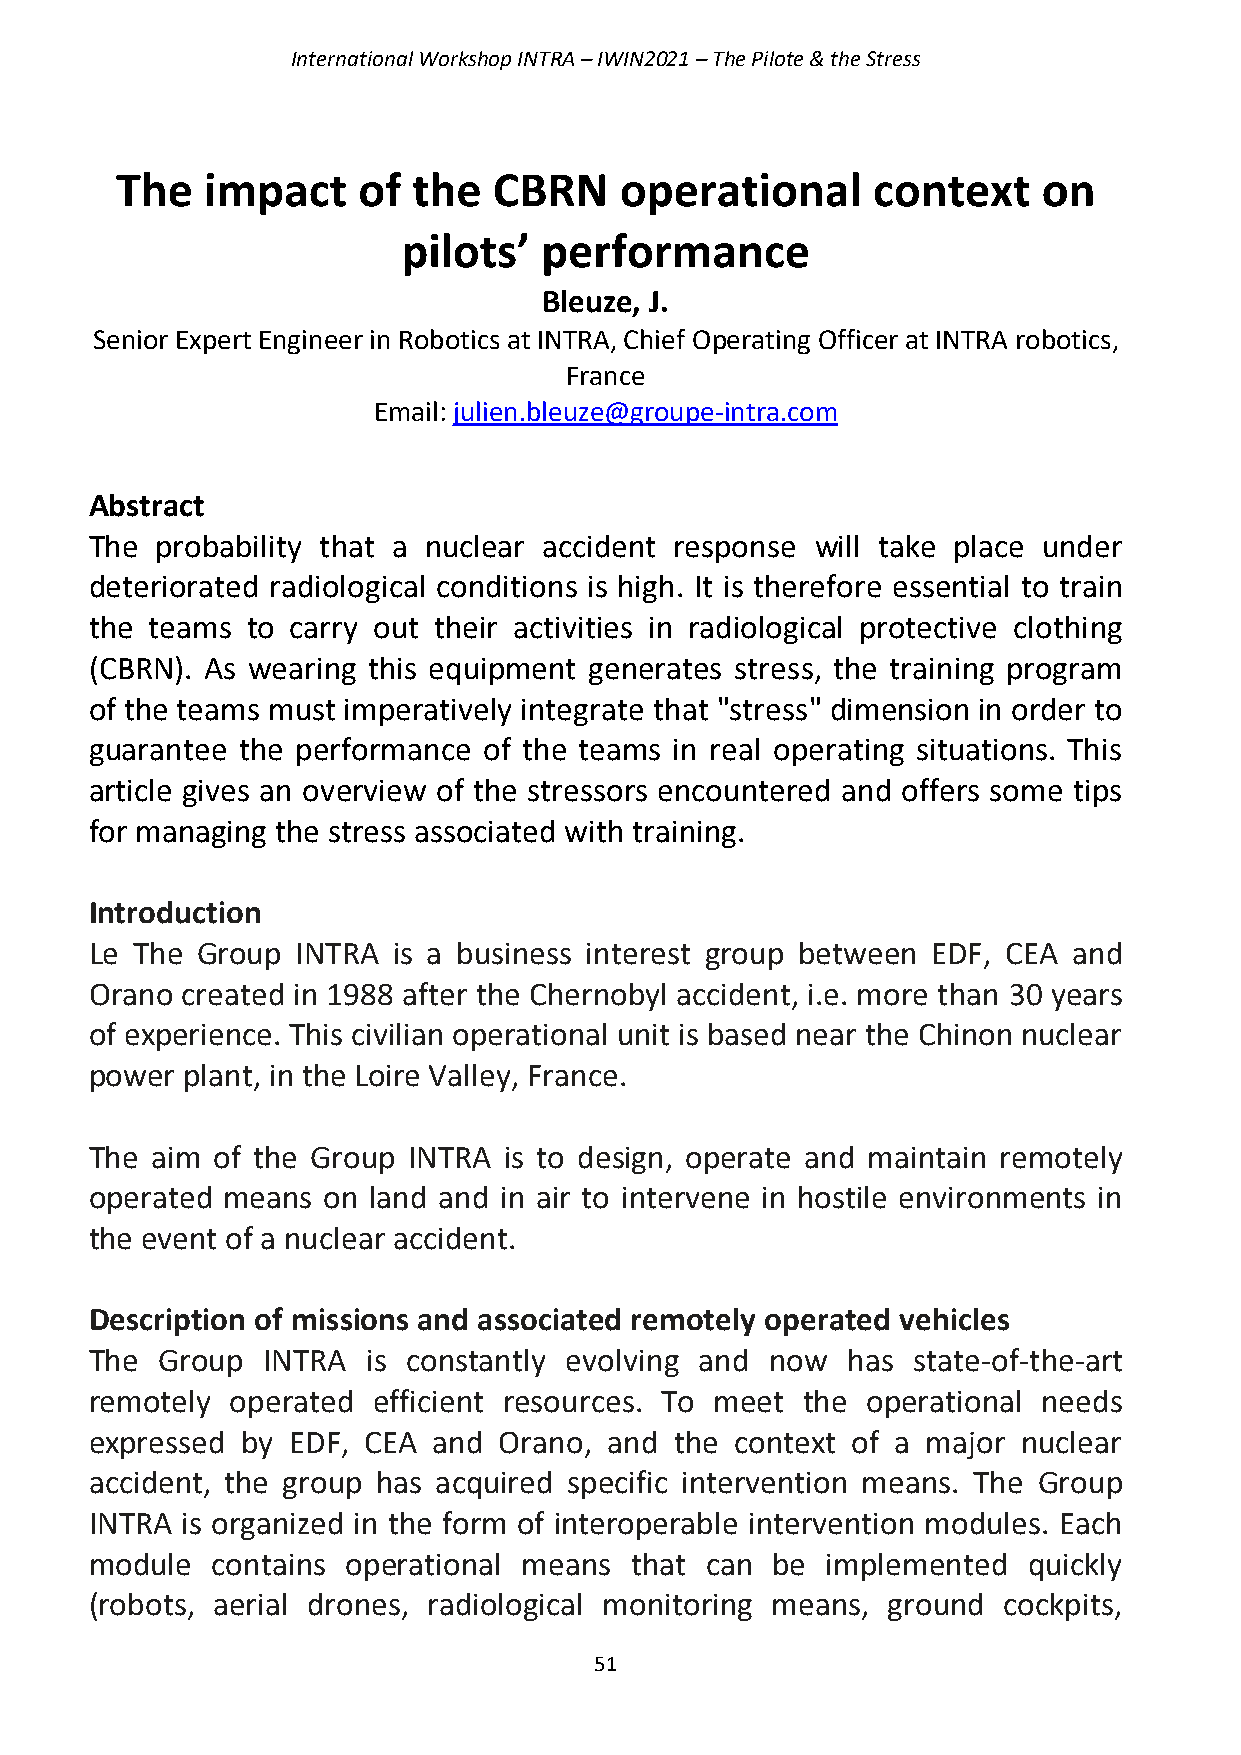
International Workshop INTRA – IWIN2021 – The Pilote & the Stress
 The   impact    of the   CBRN    operational      context    on
 pilots’  performance
 Bleuze, J.
 Senior Expert Engineer in Robotics at INTRA, Chief Operating Officer at INTRA robotics,
 France
 Email: julien.bleuze@groupe-intra.com
 Abstract
 The probability that a nuclear accident response will take place under
 deteriorated radiological conditions is high. It is therefore essential to train
 the teams to carry out their activities in radiological protective clothing
 (CBRN). As wearing this equipment generates stress, the training program
 of the teams must imperatively integrate that "stress" dimension in order to
 guarantee the performance of the teams in real operating situations. This
 article gives an overview of the stressors encountered and offers some tips
 for managing the stress associated with training.
 Introduction
 Le The Group  INTRA is a business interest group between EDF, CEA and
 Orano created in 1988 after the Chernobyl accident, i.e. more than 30 years
 of experience. This civilian operational unit is based near the Chinon nuclear
 power plant, in the Loire Valley, France.
 The aim of the Group INTRA is to design, operate and maintain remotely
 operated means on land and in air to intervene in hostile environments in
 the event of a nuclear accident.
 Description of missions and associated remotely operated vehicles
 The Group  INTRA  is constantly evolving and now  has state-of-the-art
 remotely operated  efficient resources. To meet the operational needs
 expressed by EDF, CEA  and Orano, and  the context of a major nuclear
 accident, the group has acquired specific intervention means. The Group
 INTRA is organized in the form of interoperable intervention modules. Each
 module  contains operational means  that can be  implemented  quickly
 (robots, aerial drones, radiological monitoring means, ground cockpits,
 51